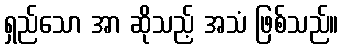
ရှည်သော အာ ဆိုသည့် အသံ ဖြစ်သည်။